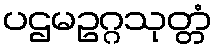
ပဌမဥဂ္ဂသုတ္တံ